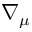
\nabla _ { \mu }